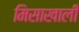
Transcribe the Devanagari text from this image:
मिसाखाली